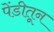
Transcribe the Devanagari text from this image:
पेंडीतून